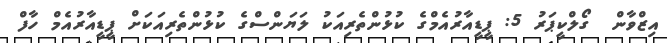
އިޒްވާން  ގޯލްކީޕަރު 5: ޕީޑީއާރުއެމްގެ ކުޅުންތެރިއަކު ލަޔަންސްގެ ކުޅުންތެރިއަކަށް ޕީޑީއާރުއެމް ހާފް